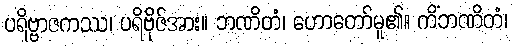
ပရိဗ္ဗာဇကဿ၊ ပရိဗိုဇ်အား။ ဘဏိတံ၊ ဟောတော်မူ၏။ ကိံဘဏိတံ၊